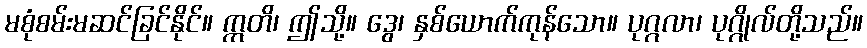
မစုံစမ်းမဆင်ခြင်နိုင်။ ဣတိ၊ ဤသို့။ ဒွေ၊ နှစ်ယောက်ကုန်သော။ ပုဂ္ဂလာ၊ ပုဂ္ဂိုလ်တို့သည်။